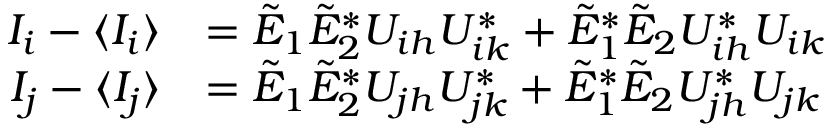
\begin{array} { r l } { I _ { i } - \langle I _ { i } \rangle } & { = \Tilde { E } _ { 1 } \Tilde { E } _ { 2 } ^ { * } U _ { i h } U _ { i k } ^ { * } + \Tilde { E } _ { 1 } ^ { * } \Tilde { E } _ { 2 } U _ { i h } ^ { * } U _ { i k } } \\ { I _ { j } - \langle I _ { j } \rangle } & { = \Tilde { E } _ { 1 } \Tilde { E } _ { 2 } ^ { * } U _ { j h } U _ { j k } ^ { * } + \Tilde { E } _ { 1 } ^ { * } \Tilde { E } _ { 2 } U _ { j h } ^ { * } U _ { j k } } \end{array}